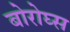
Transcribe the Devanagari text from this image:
बोरोघ्स